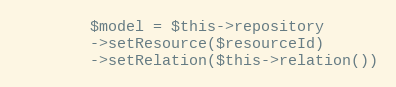
Language: PHP
        $model = $this->repository
        ->setResource($resourceId)
        ->setRelation($this->relation())